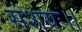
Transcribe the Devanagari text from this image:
संशयः।।